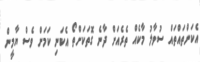
އެކަންތައްތައް ސުވާލު މާކެއް ތެރެއަށް ދާނެ ގޮތަކަށްތޯ އެކަނި ކަމަށް ވެސް ޔާމީން